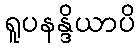
ရူပနန္ဒိယာပိ